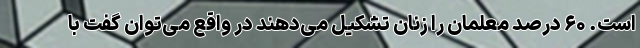
است. ۶۰ درصد معلمان را زنان تشکیل می‌دهند در واقع می‌توان گفت با